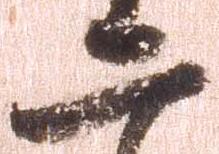
二